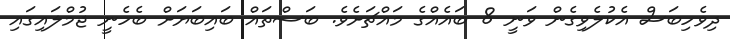
ދިވެހިބަސް އެކުލެވިގެން ވަނީ 8 ބައެއްގެ މައްޗަށެވެ. ބަސްތައް ބައިބަޔަށް ބެހެނީ ޖުމްލައިގައި